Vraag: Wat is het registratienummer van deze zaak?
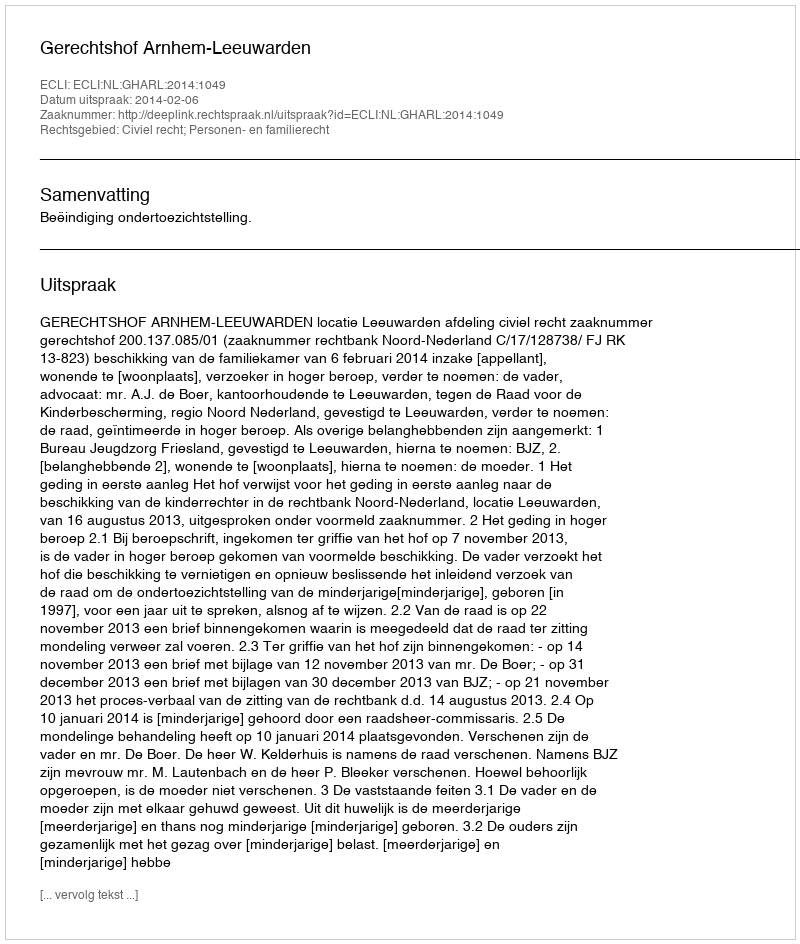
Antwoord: http://deeplink.rechtspraak.nl/uitspraak?id=ECLI:NL:GHARL:2014:1049